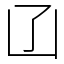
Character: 𠙶